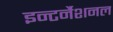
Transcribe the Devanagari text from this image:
इन्टर्नैशनल